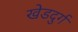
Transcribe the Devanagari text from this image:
खेडदुर्ग